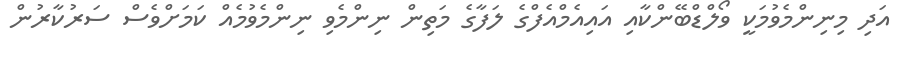
އަދި މިނިންމެވުމަކީ ވޯލްޑްބޭންކާއި އައިއެމްއެފްގެ ލަފާގެ މަތިން ނިންމެވި ނިންމެވުމެއް ކަމަށްވެސް ސަރުކާރުން